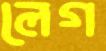
লেগ